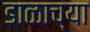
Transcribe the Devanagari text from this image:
डाळाच्या